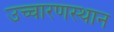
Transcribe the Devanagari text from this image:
उच्चारणस्थान